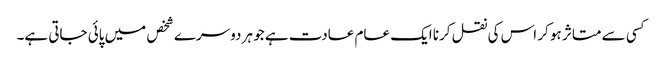
﻿کسی سے متاثر ہو کر اس کی نقل کرنا ایک عام عادت ہے جو ہر دوسرے شخص میں پائی جاتی ہے۔